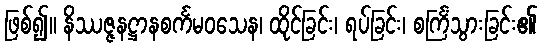
ဖြစ်၍။ နိဿဇ္ဇနဋ္ဌာနစင်္ကမဝသေန၊ ထိုင်ခြင်း၊ ရပ်ခြင်း၊ စင်္ကြံသွားခြင်း၏